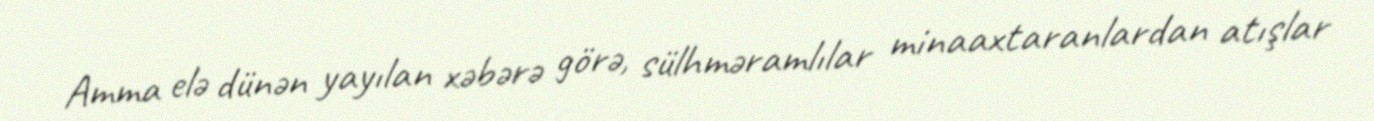
Amma elə dünən yayılan xəbərə görə, sülhməramlılar minaaxtaranlardan atışlar